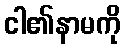
ငါ၏နာမကို